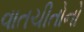
વાતચીતોનો